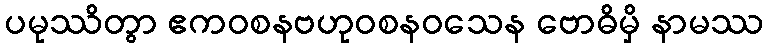
ပမုဿိတွာ ဧကဝစနဗဟုဝစနဝသေန ဗောဓိမှိ နာမဿ